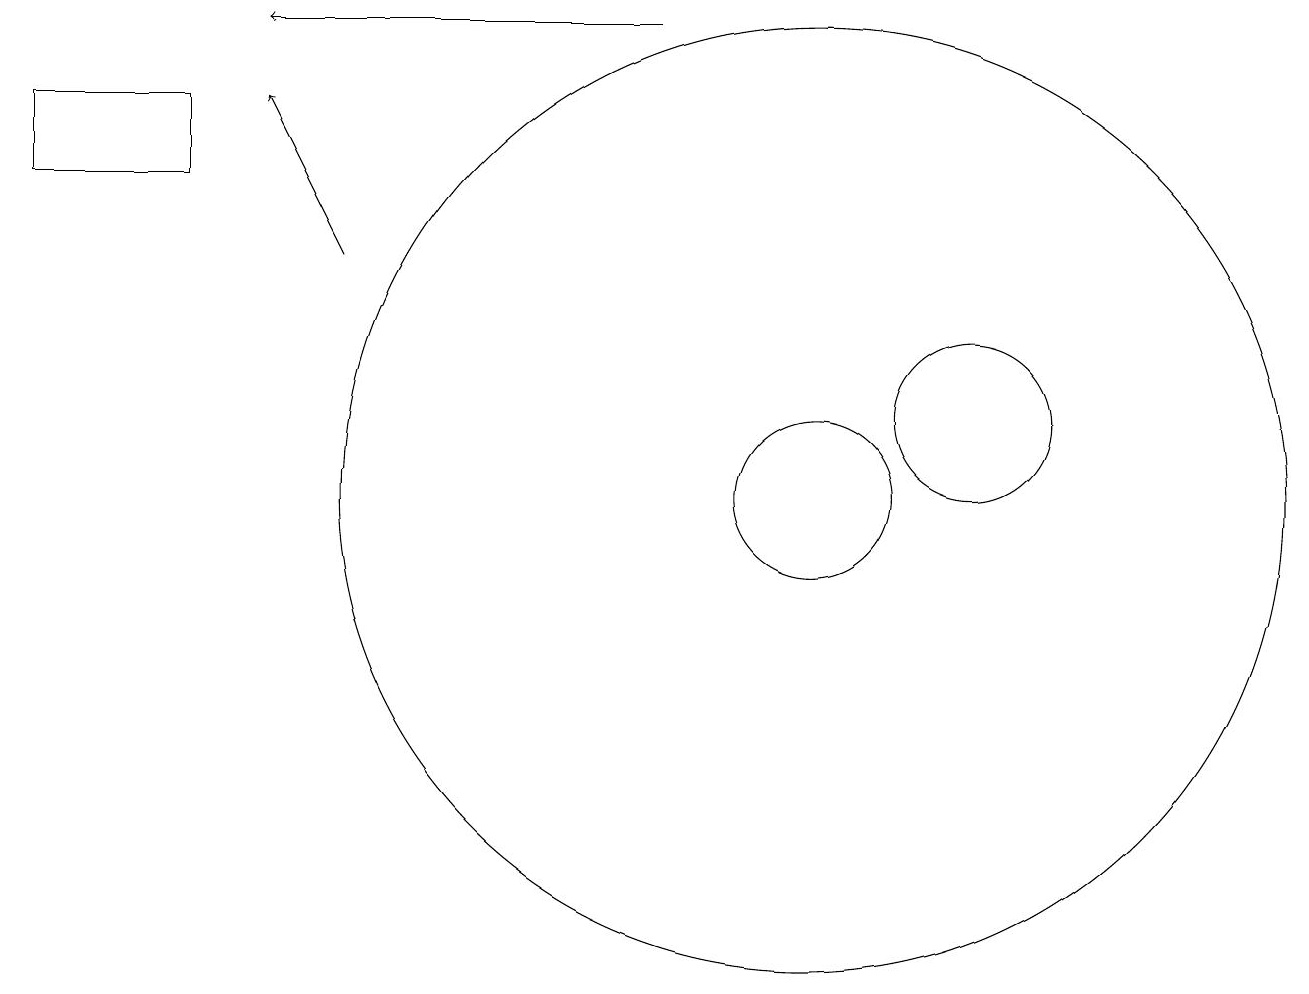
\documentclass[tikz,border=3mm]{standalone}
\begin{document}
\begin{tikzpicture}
\draw (10,11) circle (6);
\draw (12,12) circle (1);
\draw[->] (4,14) -- (3,16);
\draw (10,11) circle (1);
\draw[->] (8,17) -- (3,17);
\draw (0,15) rectangle (2,16);
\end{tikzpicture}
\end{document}